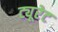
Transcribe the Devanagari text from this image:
ट्यूरेट